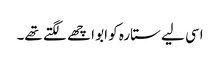
اسی لیے ستارہ کو ابو اچھے لگتے تھے۔